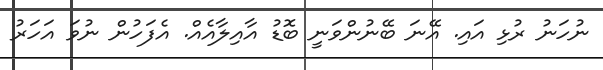
ނުހަނު ރުޅި އައި. އޭނަ ބޭނުންވަނީ ބޮޑު އާއިލާއެއް. އެފަހުން ނުވަ އަހަރު